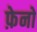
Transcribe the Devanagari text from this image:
फ़ेनो